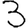
Digit: 3